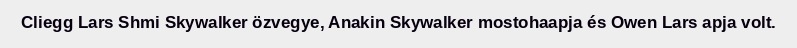
Cliegg Lars Shmi Skywalker özvegye, Anakin Skywalker mostohaapja és Owen Lars apja volt.